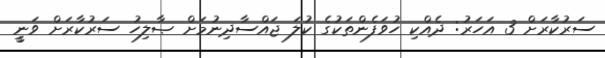
ސަރުކާރަށް 3 އަހަރު: ދެއްކި ހުވަފެންތަކުގެ ކުލަ ޖައްސާދިނުމަށް ޞާލިހު ސަރުކާރަށް ވަނީީ